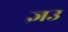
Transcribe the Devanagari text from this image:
ज्ञउ